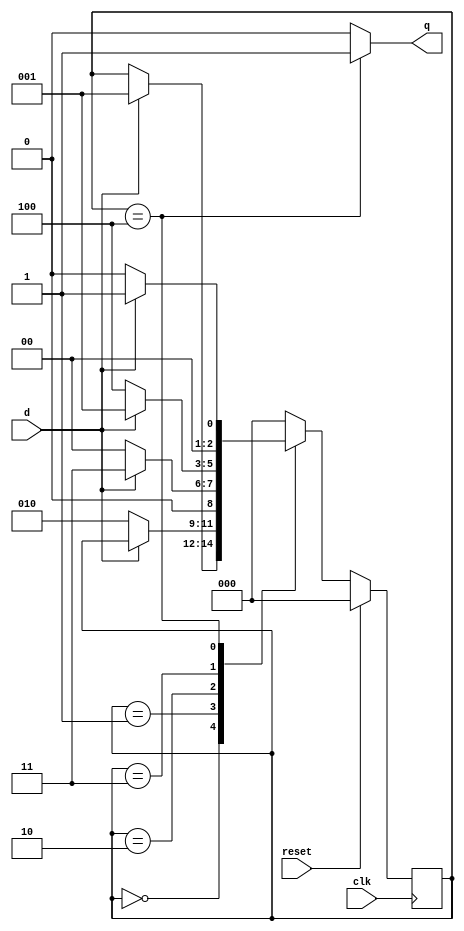
module sd1010_moore_nonovlap(input clk,reset,d,output reg q);
parameter init=3'd0,got1=3'd1,got10=3'd2,got101=3'd3,got1010=3'd4;
reg [2:0] c_s,n_s;

always@(posedge clk)
begin
if(reset)
	c_s<=init;
else
	c_s<=n_s;
end

always@(*)
begin
n_s<=c_s;
q<=0;

case(c_s)
init:begin
	if(d)
		n_s<=got1;
	end
got1:begin
	if(!d)
		n_s<=got10;
	end
got10:begin
	if(d)
		n_s<=got101;
	else
		n_s<=init;
	end
got101:begin
	if(!d)
		n_s<=got1010;
	else
		n_s<=got1;
	end
got1010:begin
	q<=1;
	if(d)
		n_s<=got1;
	else
		n_s<=init;
	end	
default:begin
n_s<=init;
q<=0;
end
endcase
end

endmodule